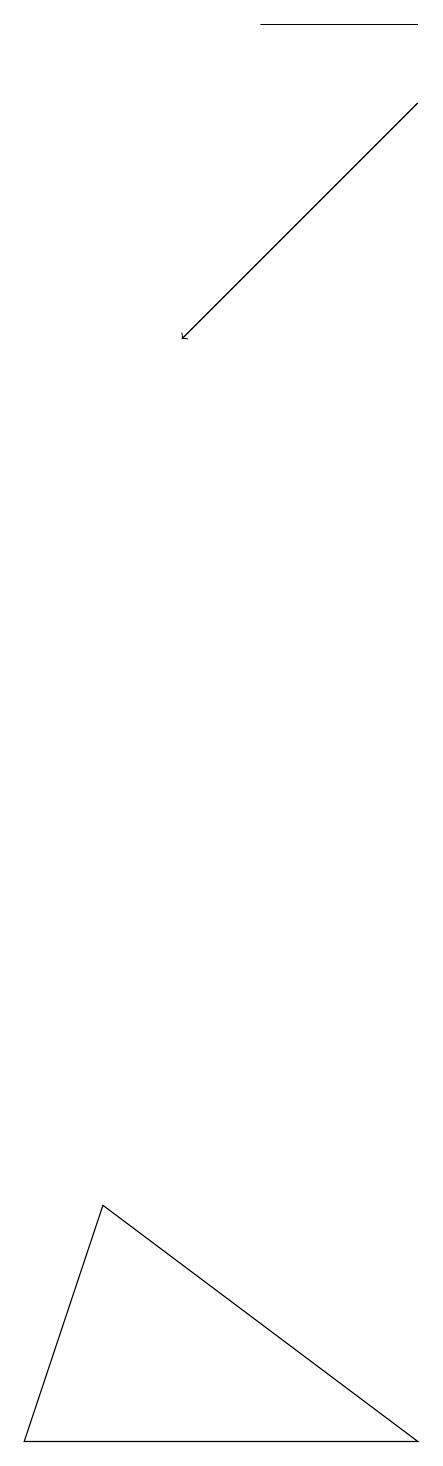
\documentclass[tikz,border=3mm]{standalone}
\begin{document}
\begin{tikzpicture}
\draw[->] (9,18) -- (6,15);
\draw (5,4) -- (4,1) -- (9,1) -- cycle;
\draw (7,19) rectangle (9,19);
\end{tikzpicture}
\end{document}